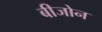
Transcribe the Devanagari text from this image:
बीजोन